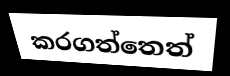
කරගත්තෙත්